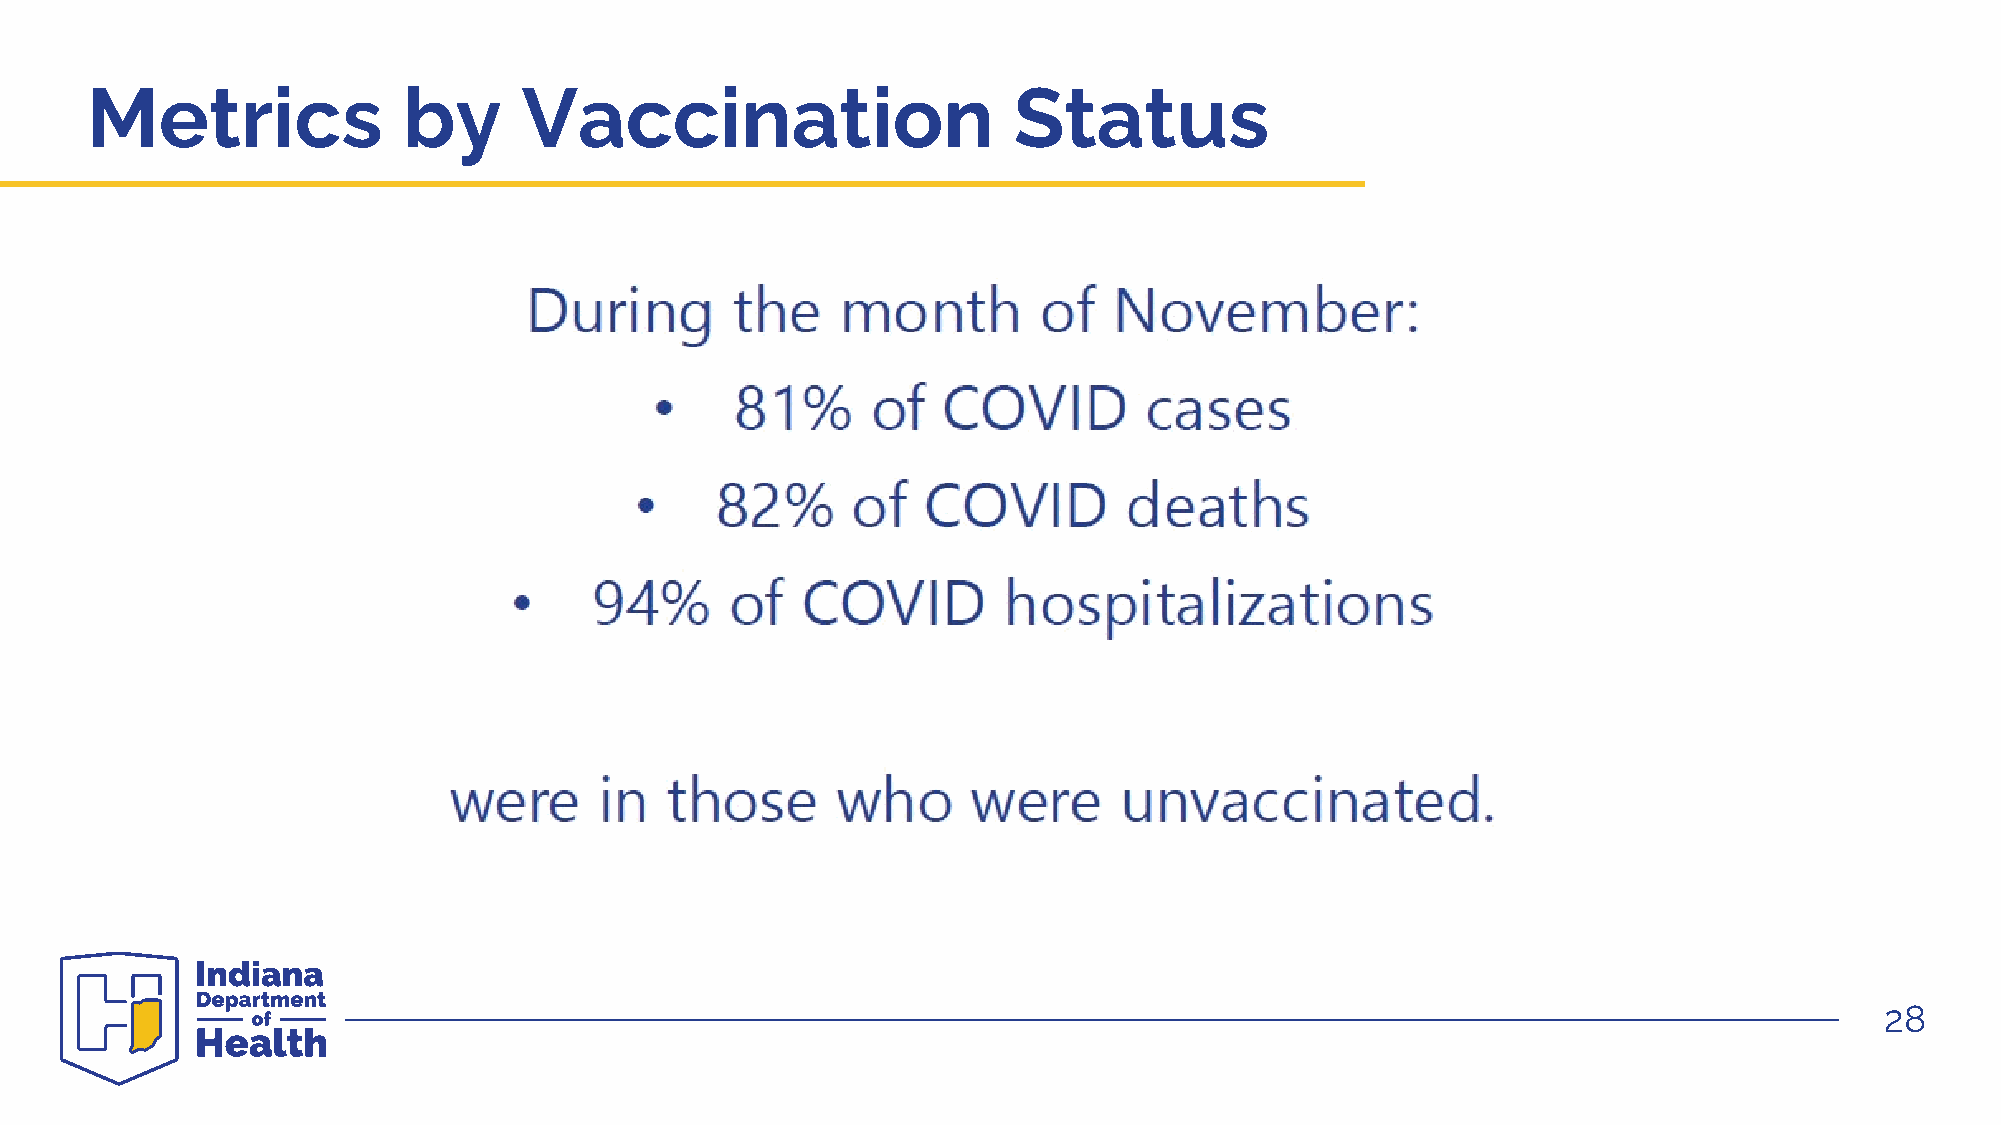
Metrics              by      Vaccination                     Status
 28